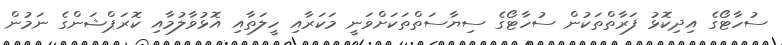
ސުހާޓޯގެ އިދިކޮޅު ފަރާތްތަކުން ސުހާޓޯގެ ސިޔާސަތްތަކަށްވަނީ މަކަރާއި ހީލަތާއި އޮޅުވާލުމާއި ކޮރަޕްޝަންގެ ނަމުން